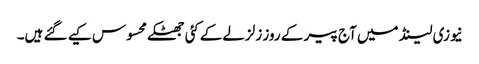
نیوزی لینڈ میں آج پیر کے روز زلزلےکےکئی جھٹکے محسوس کیے گئے ہیں۔